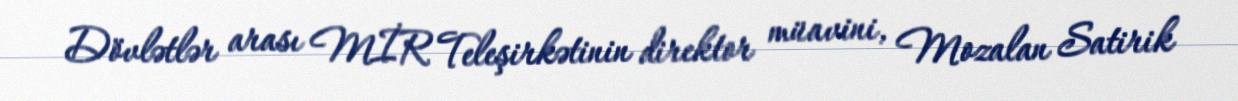
Dövlətlər arası MİR Teleşirkətinin direktor müavini, Mozalan Satirik